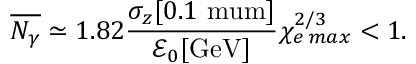
\overline { { N _ { \gamma } } } \simeq 1 . 8 2 \frac { \sigma _ { z } [ 0 . 1 \mathrm { \ m u m } ] } { \mathcal { E } _ { 0 } [ \mathrm { G e V } ] } \chi _ { e \, m a x } ^ { 2 / 3 } < 1 .